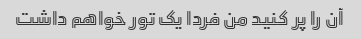
آن را پر کنید من فردا یک تور خواهم داشت